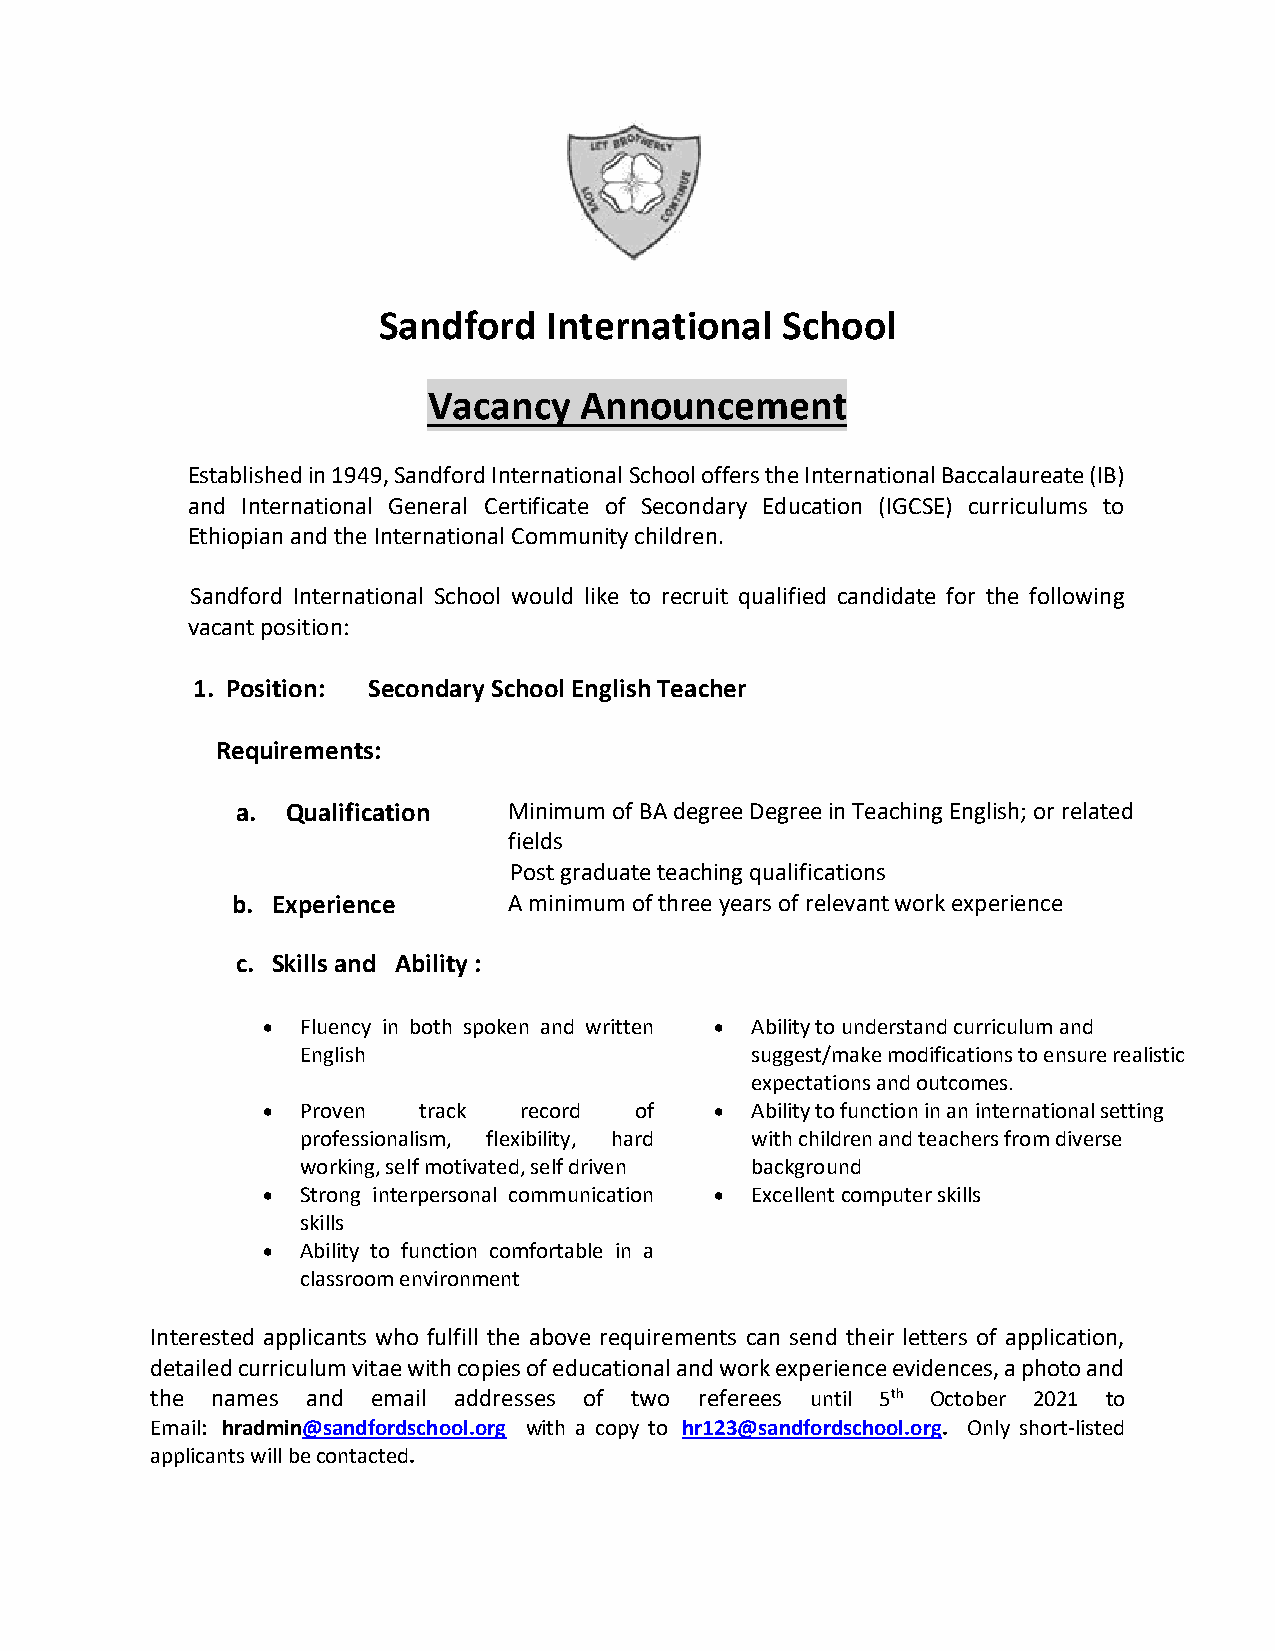
Sandford   International   School
 Vacancy   Announcement
 Established in 1949, Sandford International School offers the International Baccalaureate (IB)
 and International General Certificate of Secondary Education (IGCSE) curriculums to
 Ethiopian and the International Community children.
 Sandford International School would like to recruit qualified candidate for the following
 vacant position:
 1. Position: Secondary School English Teacher
 Requirements:
 a. Qualification  Minimum of BA degree Degree in Teaching English; or related
 fields
 Post graduate teaching qualifications
 b. Experience      A minimum of three years of relevant work experience
 c. Skills and Ability :
 •  Fluency in both spoken and written • Ability to understand curriculum and
 English                       suggest/make modifications to ensure realistic
 expectations and outcomes.
 •  Proven  track record  of   •  Ability to function in an international setting
 professionalism, flexibility, hard with children and teachers from diverse
 working, self motivated, self driven background
 •  Strong interpersonal communication • Excellent computer skills
 skills
 •  Ability to function comfortable in a
 classroom environment
 Interested applicants who fulfill the above requirements can send their letters of application,
 detailed curriculum vitae with copies of educational and work experience evidences, a photo and
 the names and  email addresses of two referees until 5th October 2021 to
 Email: hradmin@sandfordschool.org with a copy to hr123@sandfordschool.org. Only short-listed
 applicants will be contacted.